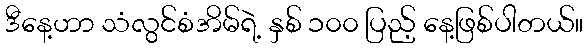
ဒီနေ့ဟာ သံလွင်စံအိမ်ရဲ့ နှစ် ၁၀၀ ပြည့် နေ့ဖြစ်ပါတယ်။